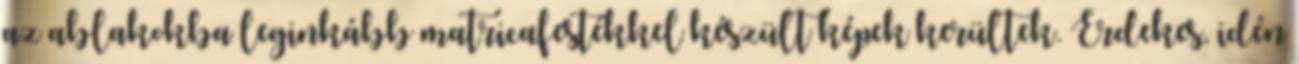
az ablakokba leginkább matricafestékkel készült képek kerültek. Érdekes, idén